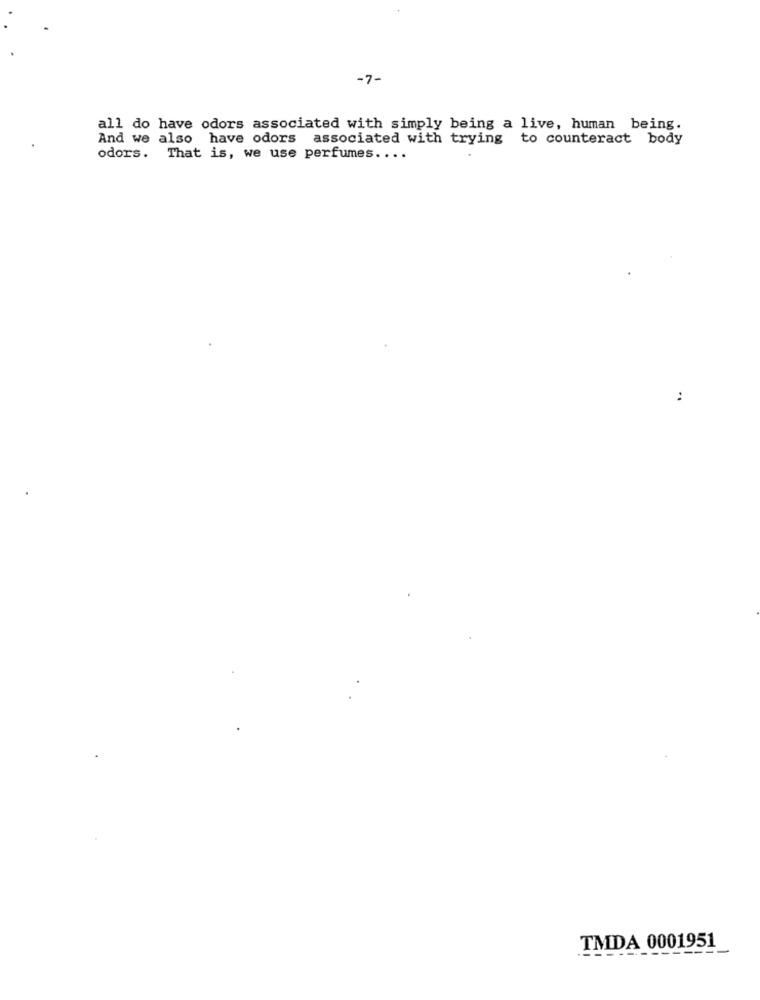
-7-
all do have odors associated with simply being a live, human being.
And we also have odors associated with trying to counteract body
odors.
That is, we use perfumes ....
..
TMDA 0001951